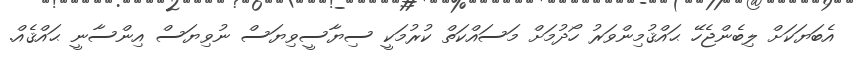
އެބަޔަކަށް ލިބެންޖެހޭ ޙައްޤުމިންވަރު ހޯދުމަށް މަސައްކަތް ކުރުމަކީ ސިޔާސީވިޔަސް ނުވިޔަސް އިންސާނީ ޙައްޤެއް.